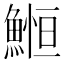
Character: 䱴